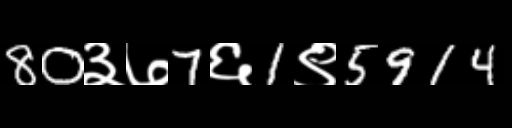
Text: 80३७7६1९5914